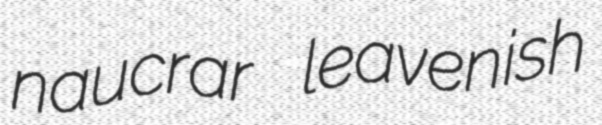
naucrar leavenish